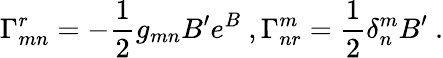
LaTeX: \Gamma_{mn}^{r}=-\frac{1}{2}g_{mn}B^{\prime}e^{B}~,\Gamma_{nr}^{m}=\frac{1}{2}\delta_{n}^{m}B^{\prime}~.